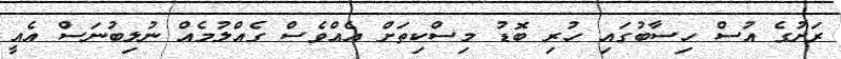
ރަށުގެ އުސް ހިސާބުގައި ހުރި ބޮޑު މިސްކިތަށް އެއްވެސް ގެއްލުމެއް ނުލިބުނަސް އެއީ